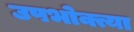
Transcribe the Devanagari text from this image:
उपभोक्त्या